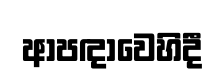
ආපඳාවෙහිදී